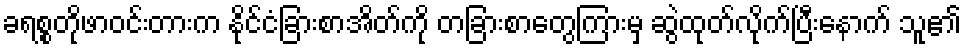
ခရစ္စတိုဖာဝင်းတားက နိုင်ငံခြားစာအိတ်ကို တခြားစာတွေကြားမှ ဆွဲထုတ်လိုက်ပြီးနောက် သူ၏